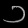
Digit: ၁